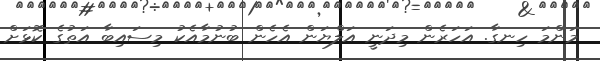
މަންމަ ހިނގާ. އަހަރެން މިދަނީ އަލްޔަން އެހެން ބުނުމާއެކު މިސައިބާ އަތުގެ ކޮޅަށް